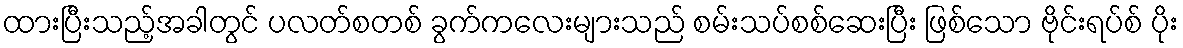
ထားပြီးသည့်အခါတွင် ပလတ်စတစ် ခွက်ကလေးများသည် စမ်းသပ်စစ်ဆေးပြီး ဖြစ်သော ဗိုင်းရပ်စ် ပိုး